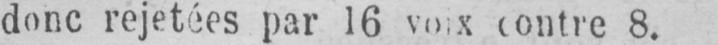
contre 8.